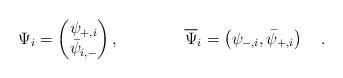
LaTeX: \begin{align*}\Psi_i = \begin{pmatrix} \psi_{+,i} \\ \bar{\psi}_{i,-} \end{pmatrix}, \qquad\qquad \overline{\Psi}_i = \left( \psi_{-,i} , \bar{\psi}_{+,i} \right) \quad .\end{align*}